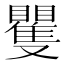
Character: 矍